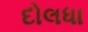
દોલધા